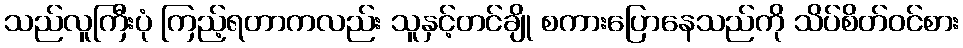
သည်လူကြီးပုံ ကြည့်ရတာကလည်း သူနှင့်တင်ချို စကားပြောနေသည်ကို သိပ်စိတ်ဝင်စား